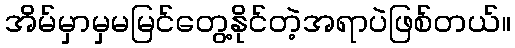
အိမ်မှာမှမမြင်တွေ့နိုင်တဲ့အရာပဲဖြစ်တယ်။